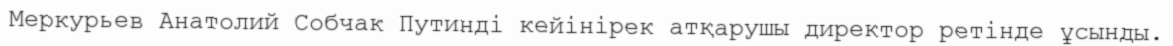
Меркурьев Анатолий Собчак Путинді кейінірек атқарушы директор ретінде ұсынды.